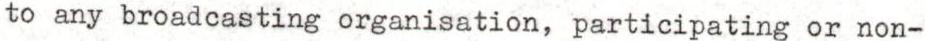
to any broadcasting organisation, participating or non-